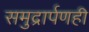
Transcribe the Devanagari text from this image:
समुद्रार्पणही